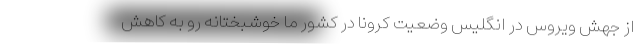
از جهش ویروس در انگلیس وضعیت کرونا در کشور ما خوشبختانه رو به کاهش